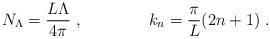
LaTeX: \begin{align*}N_{\Lambda}=\frac{L\Lambda}{4\pi} \ , \qquad \qquad k_n=\frac{\pi}{L}(2n+1) \ .\end{align*}